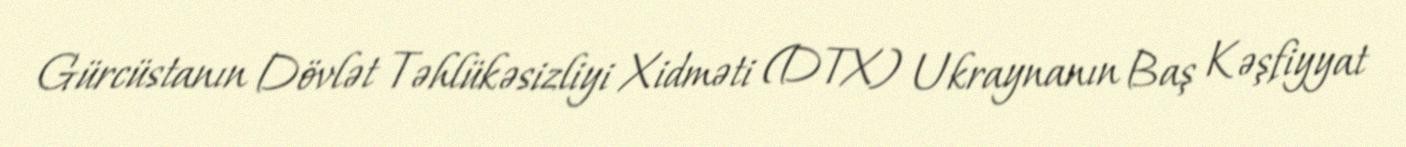
Gürcüstanın Dövlət Təhlükəsizliyi Xidməti (DTX) Ukraynanın Baş Kəşfiyyat